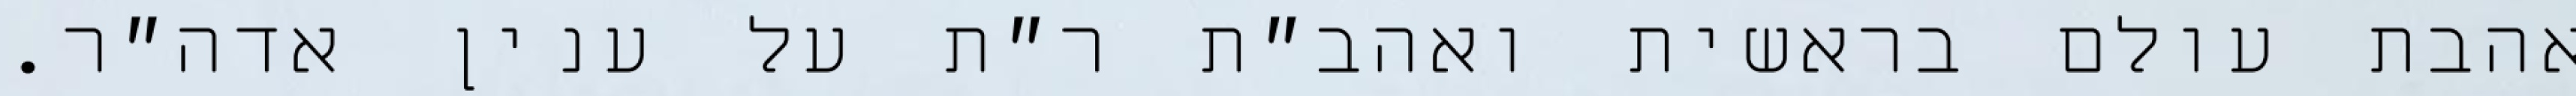
אהבת עולם בראשית ואהב״ת ר״ת על ענין אדה״ר.